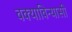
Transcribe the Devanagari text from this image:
वक्याविन्यासी